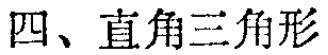
四、直角三角形